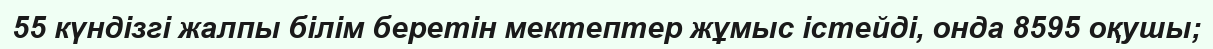
55 күндізгі жалпы білім беретін мектептер жұмыс істейді, онда 8595 оқушы;